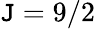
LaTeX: \mathtt{J}=9/2